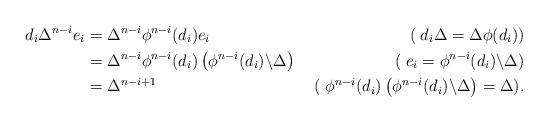
LaTeX: \begin{align*}d_i\Delta^{n-i}e_i&=\Delta^{n-i}\phi^{n-i}(d_i)e_i&(\;d_i\Delta=\Delta\phi(d_i))\\&=\Delta^{n-i}\phi^{n-i}(d_i)\left(\phi^{n-i}(d_i)\backslash \Delta\right)&(\;e_i=\phi^{n-i}(d_i)\backslash \Delta)\\&=\Delta^{n-i+1}&(\;\phi^{n-i}(d_i)\left(\phi^{n-i}(d_i)\backslash \Delta\right) =\Delta).\end{align*}